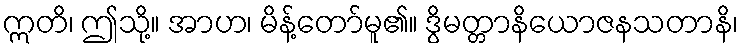
ဣတိ၊ ဤသို့။ အာဟ၊ မိန့်တော်မူ၏။ ဒွိမတ္တာနိယောဇနသတာနိ၊